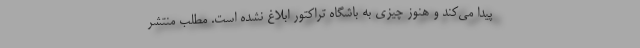
پیدا می‌کند و هنوز چیزی به باشگاه تراکتور ابلاغ نشده است. مطلب منتشر